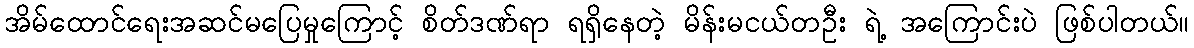
အိမ်ထောင်ရေးအဆင်မပြေမှုကြောင့် စိတ်ဒဏ်ရာ ရရှိနေတဲ့ မိန်းမငယ်တဦး ရဲ့ အကြောင်းပဲ ဖြစ်ပါတယ်။